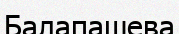
Балапашева